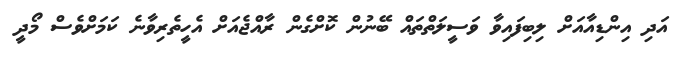
އަދި އިންޑިއާއަށް ލިބިފައިވާ ވަސީލަތްތައް ބޭނުން ކޮށްގެން ރާއްޖެއަށް އެހީތެރިވާނެ ކަމަށްވެސް މޯދީ